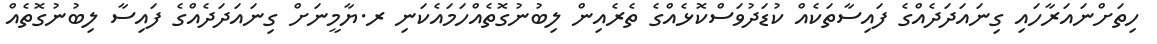
ހިތަށްނައަރާހައި ގިނައަދަދެއްގެ ފައިސާތަކެއް ކުޑަދުވަސްކޮޅެއްގެ ތެރެއިން ލިބުނުގޮތެއްހަމައެކަނި ރ.ޔާމީނަށް ގިނައަދަދެއްގެ ފައިސާ ލިބުނުގޮތެއް